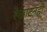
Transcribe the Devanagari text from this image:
रेखाटनही